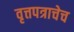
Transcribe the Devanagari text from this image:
वृत्तपत्राचेच